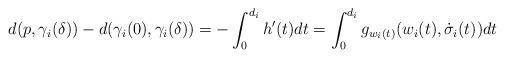
LaTeX: \begin{align*}d(p,\gamma_i(\delta))-d(\gamma_i(0),\gamma_i(\delta))=-\int_0^{d_i} h'(t)dt=\int_0^{d_i} g_{w_i(t)}(w_i(t),\dot\sigma_i(t))dt\end{align*}